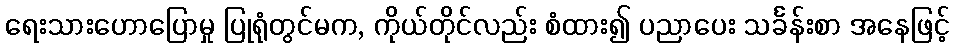
ရေးသားဟောပြောမှု ပြုရုံတွင်မက, ကိုယ်တိုင်လည်း စံထား၍ ပညာပေး သင်္ခန်းစာ အနေဖြင့်